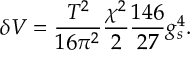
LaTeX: \delta V = { \frac { T ^ { 2 } } { 1 6 \pi ^ { 2 } } } { \frac { \chi ^ { 2 } } { 2 } } { \frac { 1 4 6 } { 2 7 } } g _ { s } ^ { 4 } .